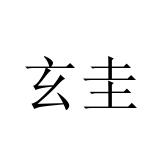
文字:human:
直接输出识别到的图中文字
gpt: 玄圭